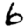
Digit: 6